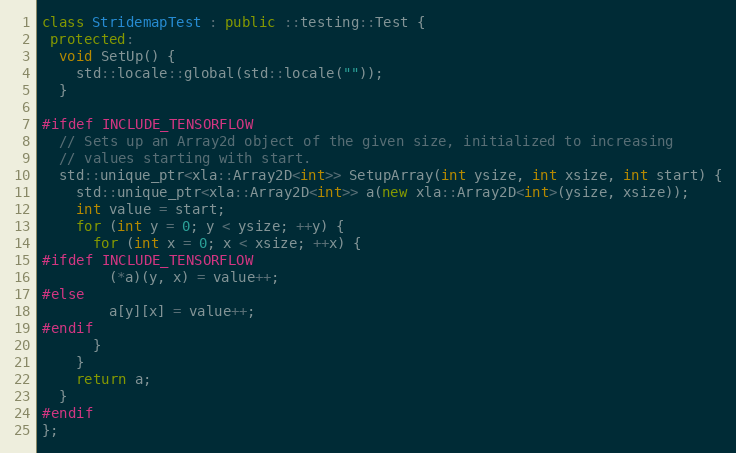
Language: C++
class StridemapTest : public ::testing::Test {
 protected:
  void SetUp() {
    std::locale::global(std::locale(""));
  }

#ifdef INCLUDE_TENSORFLOW
  // Sets up an Array2d object of the given size, initialized to increasing
  // values starting with start.
  std::unique_ptr<xla::Array2D<int>> SetupArray(int ysize, int xsize, int start) {
    std::unique_ptr<xla::Array2D<int>> a(new xla::Array2D<int>(ysize, xsize));
    int value = start;
    for (int y = 0; y < ysize; ++y) {
      for (int x = 0; x < xsize; ++x) {
#ifdef INCLUDE_TENSORFLOW
        (*a)(y, x) = value++;
#else
        a[y][x] = value++;
#endif
      }
    }
    return a;
  }
#endif
};